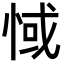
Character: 惐